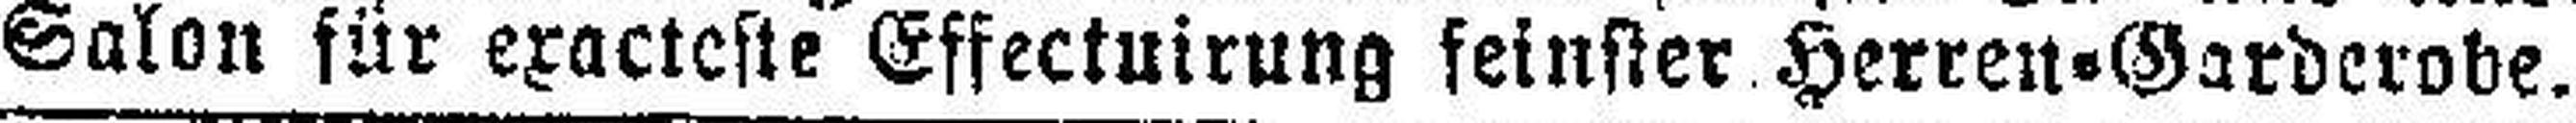
Salon für exacteste Effectuirung feinster Herren=Garderobe.